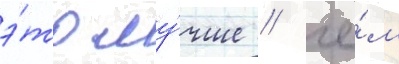
э́то лу́чше / че́м